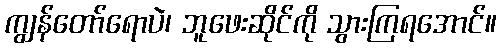
ကျွန်တော်ရောပဲ၊ ဘူဖေးဆိုင်ကို သွားကြရအောင်။